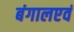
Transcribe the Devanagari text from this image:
बंगालएवं